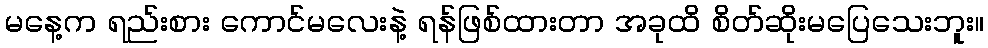
မနေ့က ရည်းစား ကောင်မလေးနဲ့ ရန်ဖြစ်ထားတာ အခုထိ စိတ်ဆိုးမပြေသေးဘူး။